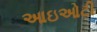
આઇઓટી